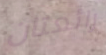
رائعتان